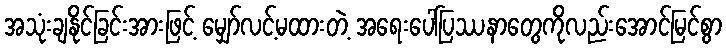
အသုံးချနိုင်ခြင်းအားဖြင့် မျှော်လင့်မထားတဲ့ အရေးပေါ်ပြဿနာတွေကိုလည်းအောင်မြင်စွာ